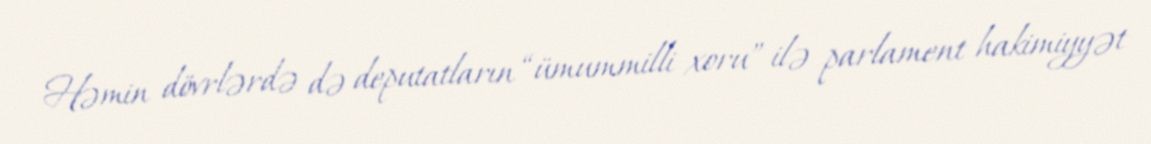
Həmin dövrlərdə də deputatların “ümummilli xoru” ilə parlament hakimiyyət